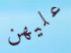
عليهن